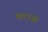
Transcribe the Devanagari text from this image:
काञ्ज़ा